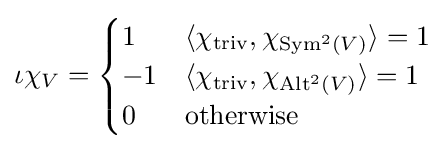
\iota \chi _{V}={\begin{cases}1&\langle \chi _{\text{triv}},\chi _{\operatorname {Sym} ^{2}(V)}\rangle =1\\-1&\langle \chi _{\text{triv}},\chi _{\operatorname {Alt} ^{2}(V)}\rangle =1\\0&{\text{otherwise}}\\\end{cases}}